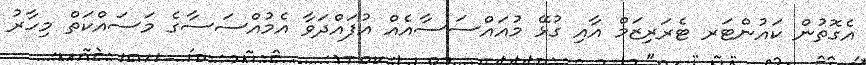
އެގޮތުން ކައުންޓަރ ޓެރަރިޒަމް އާއި ގުޅޭ މުއައްސަސާއެއް އުފައްދަވާ އެމުއްސަސާގެ މަސައްކަތް މިހާރު